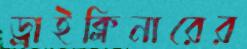
ড্রাইক্লিনারের